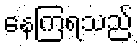
နေကြရသည်